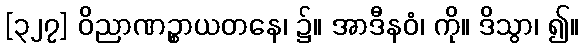
[၃၂၇] ဝိညာဏဉ္စာယတနေ၊ ၌။ အာဒီနဝံ၊ ကို။ ဒိသွာ၊ ၍။